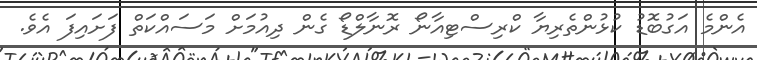
އެންމެ އަގުބޮޑު ކުޅުންތެރިޔާ ކްރިސްޓިއާނޯ ރޮނާލްޑޯ ގެން ދިއުމަށް މަސައްކަތް ފަށައިފަ އެވެ.